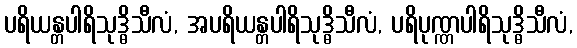
ပရိယန္တပါရိသုဒ္ဓိသီလံ, အပရိယန္တပါရိသုဒ္ဓိသီလံ, ပရိပုဏ္ဏပါရိသုဒ္ဓိသီလံ,